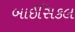
બાઈસિકલ